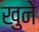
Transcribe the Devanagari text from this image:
खुने